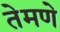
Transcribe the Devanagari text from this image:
तेमणे